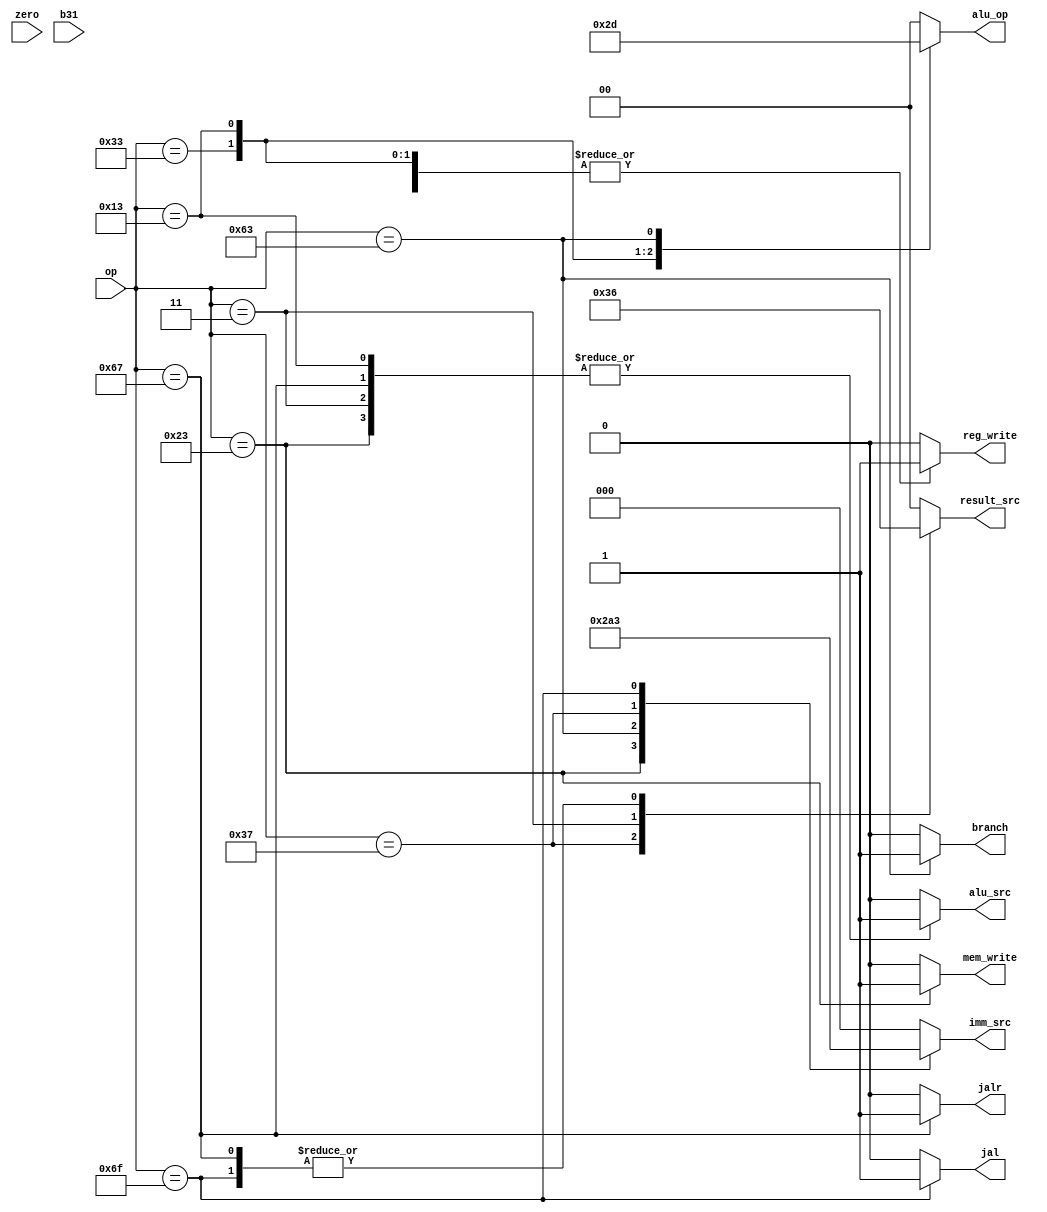
module Main_controller(input [6:0] op, input zero, input b31 , output reg [1:0] result_src, output reg mem_write,
                      output reg [1:0] alu_op, output reg alu_src, output reg [2:0] imm_src, output reg reg_write, 
                      output reg jal, output reg jalr,output reg  branch);
parameter [6:0] R_T = 7'b0110011, I_T = 7'b0010011, S_T = 7'b0100011, B_T = 7'b1100011, U_T = 7'b0110111, J_T = 7'b1101111, LW = 7'b0000011, JALR = 7'b1100111;
    
    always @(op) begin 
        {mem_write, reg_write, alu_src, jal, jalr, branch, imm_src, result_src, alu_op} <= 13'b0;
        case(op)
             R_T:begin
                reg_write <= 1'b1;
                imm_src <= 3'b000;
                alu_src <= 1'b0;
                mem_write <= 1'b0;
                result_src <= 2'b00;
                branch <= 1'b0;
                alu_op <= 2'b10;
                jal <= 1'b0;
                jalr <= 1'b0;
            end

             I_T:begin
                reg_write <= 1'b1;
                imm_src <= 3'b000;
                alu_src <= 1'b1;
                mem_write <= 1'b0;
                result_src <= 2'b00;
                branch <= 1'b0;
                alu_op <= 2'b11;
                jal <= 1'b0;
                jalr <= 1'b0;
            end
            S_T:begin
                reg_write <= 1'b0;
                imm_src <= 3'b001;
                alu_src <= 1'b1;
                mem_write <= 1'b1;
                result_src <= 2'b00;
                branch <= 1'b0;
                alu_op <= 2'b00;
                jal <= 1'b0;
                jalr <= 1'b0;
            end
            B_T:begin
                reg_write <= 1'b0;
                imm_src <= 3'b010;
                alu_src <= 1'b0;
                mem_write <= 1'b0;
                result_src <= 2'b00;
                branch <= 1'b1;
                alu_op <= 2'b01;
                jal <= 1'b0;
                jalr <= 1'b0;
            end
            U_T:begin
                reg_write <= 1'b1;
                imm_src <= 3'b100;
                alu_src <= 1'b0;
                mem_write <= 1'b0;
                result_src <= 2'b11;
                branch <= 1'b0;
                alu_op <= 2'b00;
                jal <= 1'b0;
                jalr <= 1'b0;
            end
            J_T:begin
                reg_write <= 1'b1;
                imm_src <= 3'b011;
                alu_src <= 1'b0;
                mem_write <= 1'b0;
                result_src <= 2'b10;
                branch <= 1'b0;
                alu_op <= 2'b00;
                jal <= 1'b1;
                jalr <= 1'b0;
            end
            
             LW:begin
                reg_write <= 1'b1;
                imm_src <= 3'b000;
                alu_src <= 1'b1;
                mem_write <= 1'b0;
                result_src <= 2'b01;
                branch <= 1'b0;
                alu_op <= 2'b00;
                jal <= 1'b0;
                jalr <= 1'b0;
            end

            JALR:begin
                reg_write <= 1'b1;
                imm_src <= 3'b000;
                alu_src <= 1'b1;
                mem_write <= 1'b0;
                result_src <= 2'b10;
                branch <= 1'b0;
                alu_op <= 2'b00;
                jal <= 1'b0;
                jalr <= 1'b1;
            end
        endcase
    end
endmodule